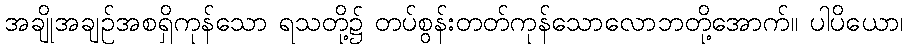
အချိုအချဉ်အစရှိကုန်သော ရသတို့၌ တပ်စွန်းတတ်ကုန်သောလောဘတို့အောက်။ ပါပိယော၊